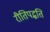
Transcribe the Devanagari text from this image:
रीतिपद्धति